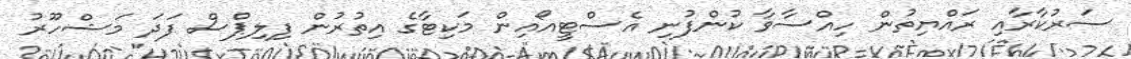
ސަރުކާރާއި ރައްޔިތުން ހިއްސާވާ ކުންފުނި އެސްޓީއޯއިން މަކިޓާގެ އިތުރުން ފިލިޕްސް ފަދަ މަޝްހޫރު